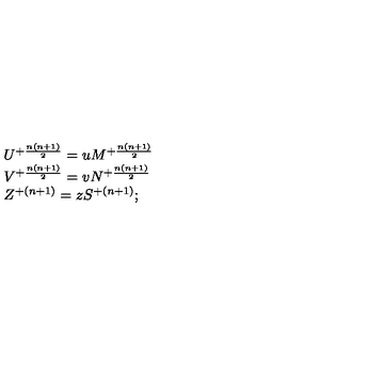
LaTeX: \begin{array} { l c r } { U ^ { + { \frac { n ( n + 1 ) } { 2 } } } = u M ^ { + { \frac { n ( n + 1 ) } { 2 } } } } \\ { V ^ { + { \frac { n ( n + 1 ) } { 2 } } } = v N ^ { + { \frac { n ( n + 1 ) } { 2 } } } } \\ { Z ^ { + { ( n + 1 ) } } = z S ^ { + { ( n + 1 ) } } ; } \\ \end{array}